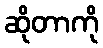
ဆိုတာကို